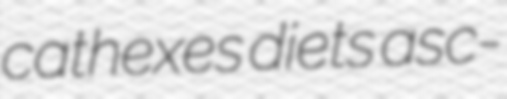
cathexes diets asc-